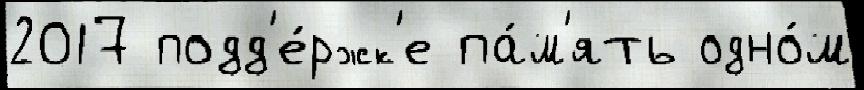
2017 подд'е́ржк'е па́м'ять одно́м